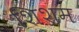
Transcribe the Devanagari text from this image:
शिशम